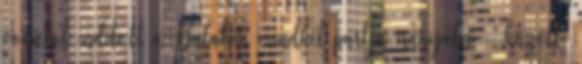
vonatot indított a Balaton mindkét partja irányába - közölte